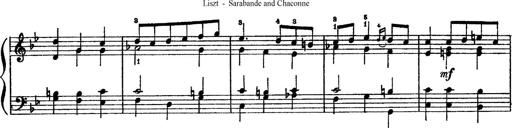
Title: Sarabande und Chaconne aus dem Singspiel
Composer: Franz Liszt